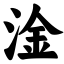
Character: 淦